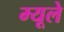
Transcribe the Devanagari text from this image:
म्यूले